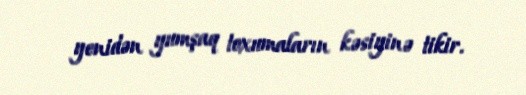
yenidən yumşaq toxumaların kəsiyinə tikir.